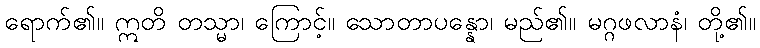
ရောက်၏။ ဣတိ တသ္မာ၊ ကြောင့်။ သောတာပန္နော၊ မည်၏။ မဂ္ဂဖလာနံ၊ တို့၏။